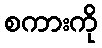
စကားကို